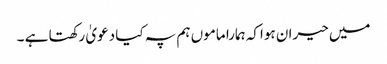
میں حیران ہواکہ ہمارا ماموں ہم پہ کیا دعویٰ رکھتا ہے ۔